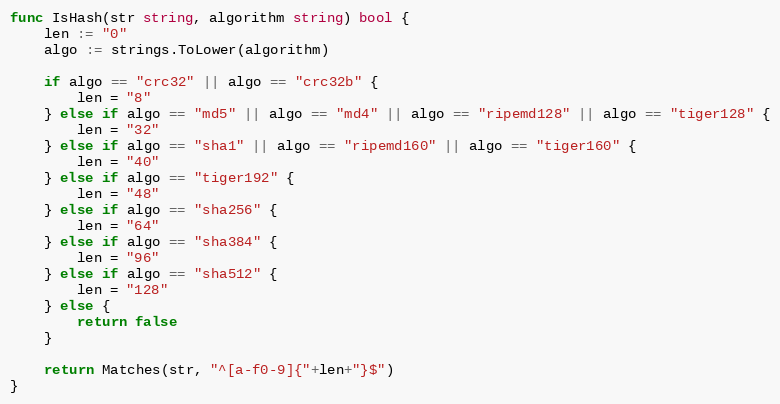
Language: Go
func IsHash(str string, algorithm string) bool {
	len := "0"
	algo := strings.ToLower(algorithm)

	if algo == "crc32" || algo == "crc32b" {
		len = "8"
	} else if algo == "md5" || algo == "md4" || algo == "ripemd128" || algo == "tiger128" {
		len = "32"
	} else if algo == "sha1" || algo == "ripemd160" || algo == "tiger160" {
		len = "40"
	} else if algo == "tiger192" {
		len = "48"
	} else if algo == "sha256" {
		len = "64"
	} else if algo == "sha384" {
		len = "96"
	} else if algo == "sha512" {
		len = "128"
	} else {
		return false
	}

	return Matches(str, "^[a-f0-9]{"+len+"}$")
}